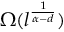
\Omega ( l ^ { \frac { 1 } { \alpha - d } } )